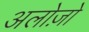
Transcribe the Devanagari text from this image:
अलोज़ो